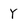
Character: Y